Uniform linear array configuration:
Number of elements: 8
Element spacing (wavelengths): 0.25
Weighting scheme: blackman
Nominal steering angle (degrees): -60
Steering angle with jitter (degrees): -59.3
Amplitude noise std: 0.05
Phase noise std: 0.05

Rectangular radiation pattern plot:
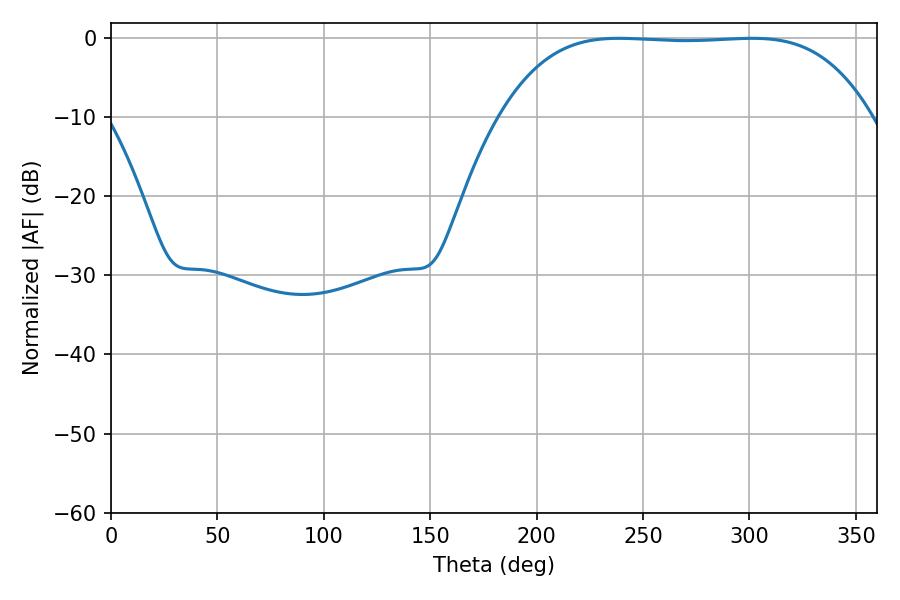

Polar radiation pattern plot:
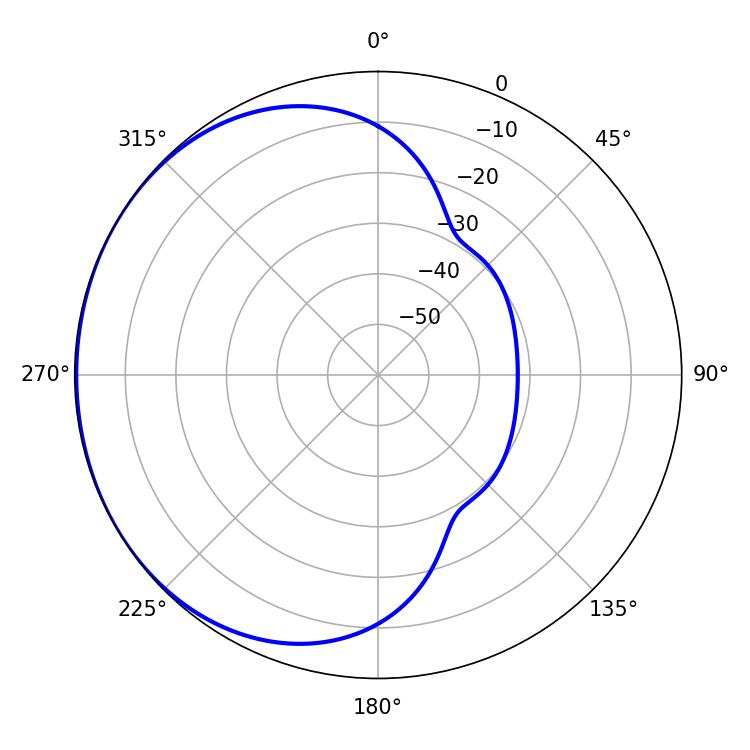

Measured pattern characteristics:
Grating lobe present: FALSE
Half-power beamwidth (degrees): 134.28
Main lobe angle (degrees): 238.68